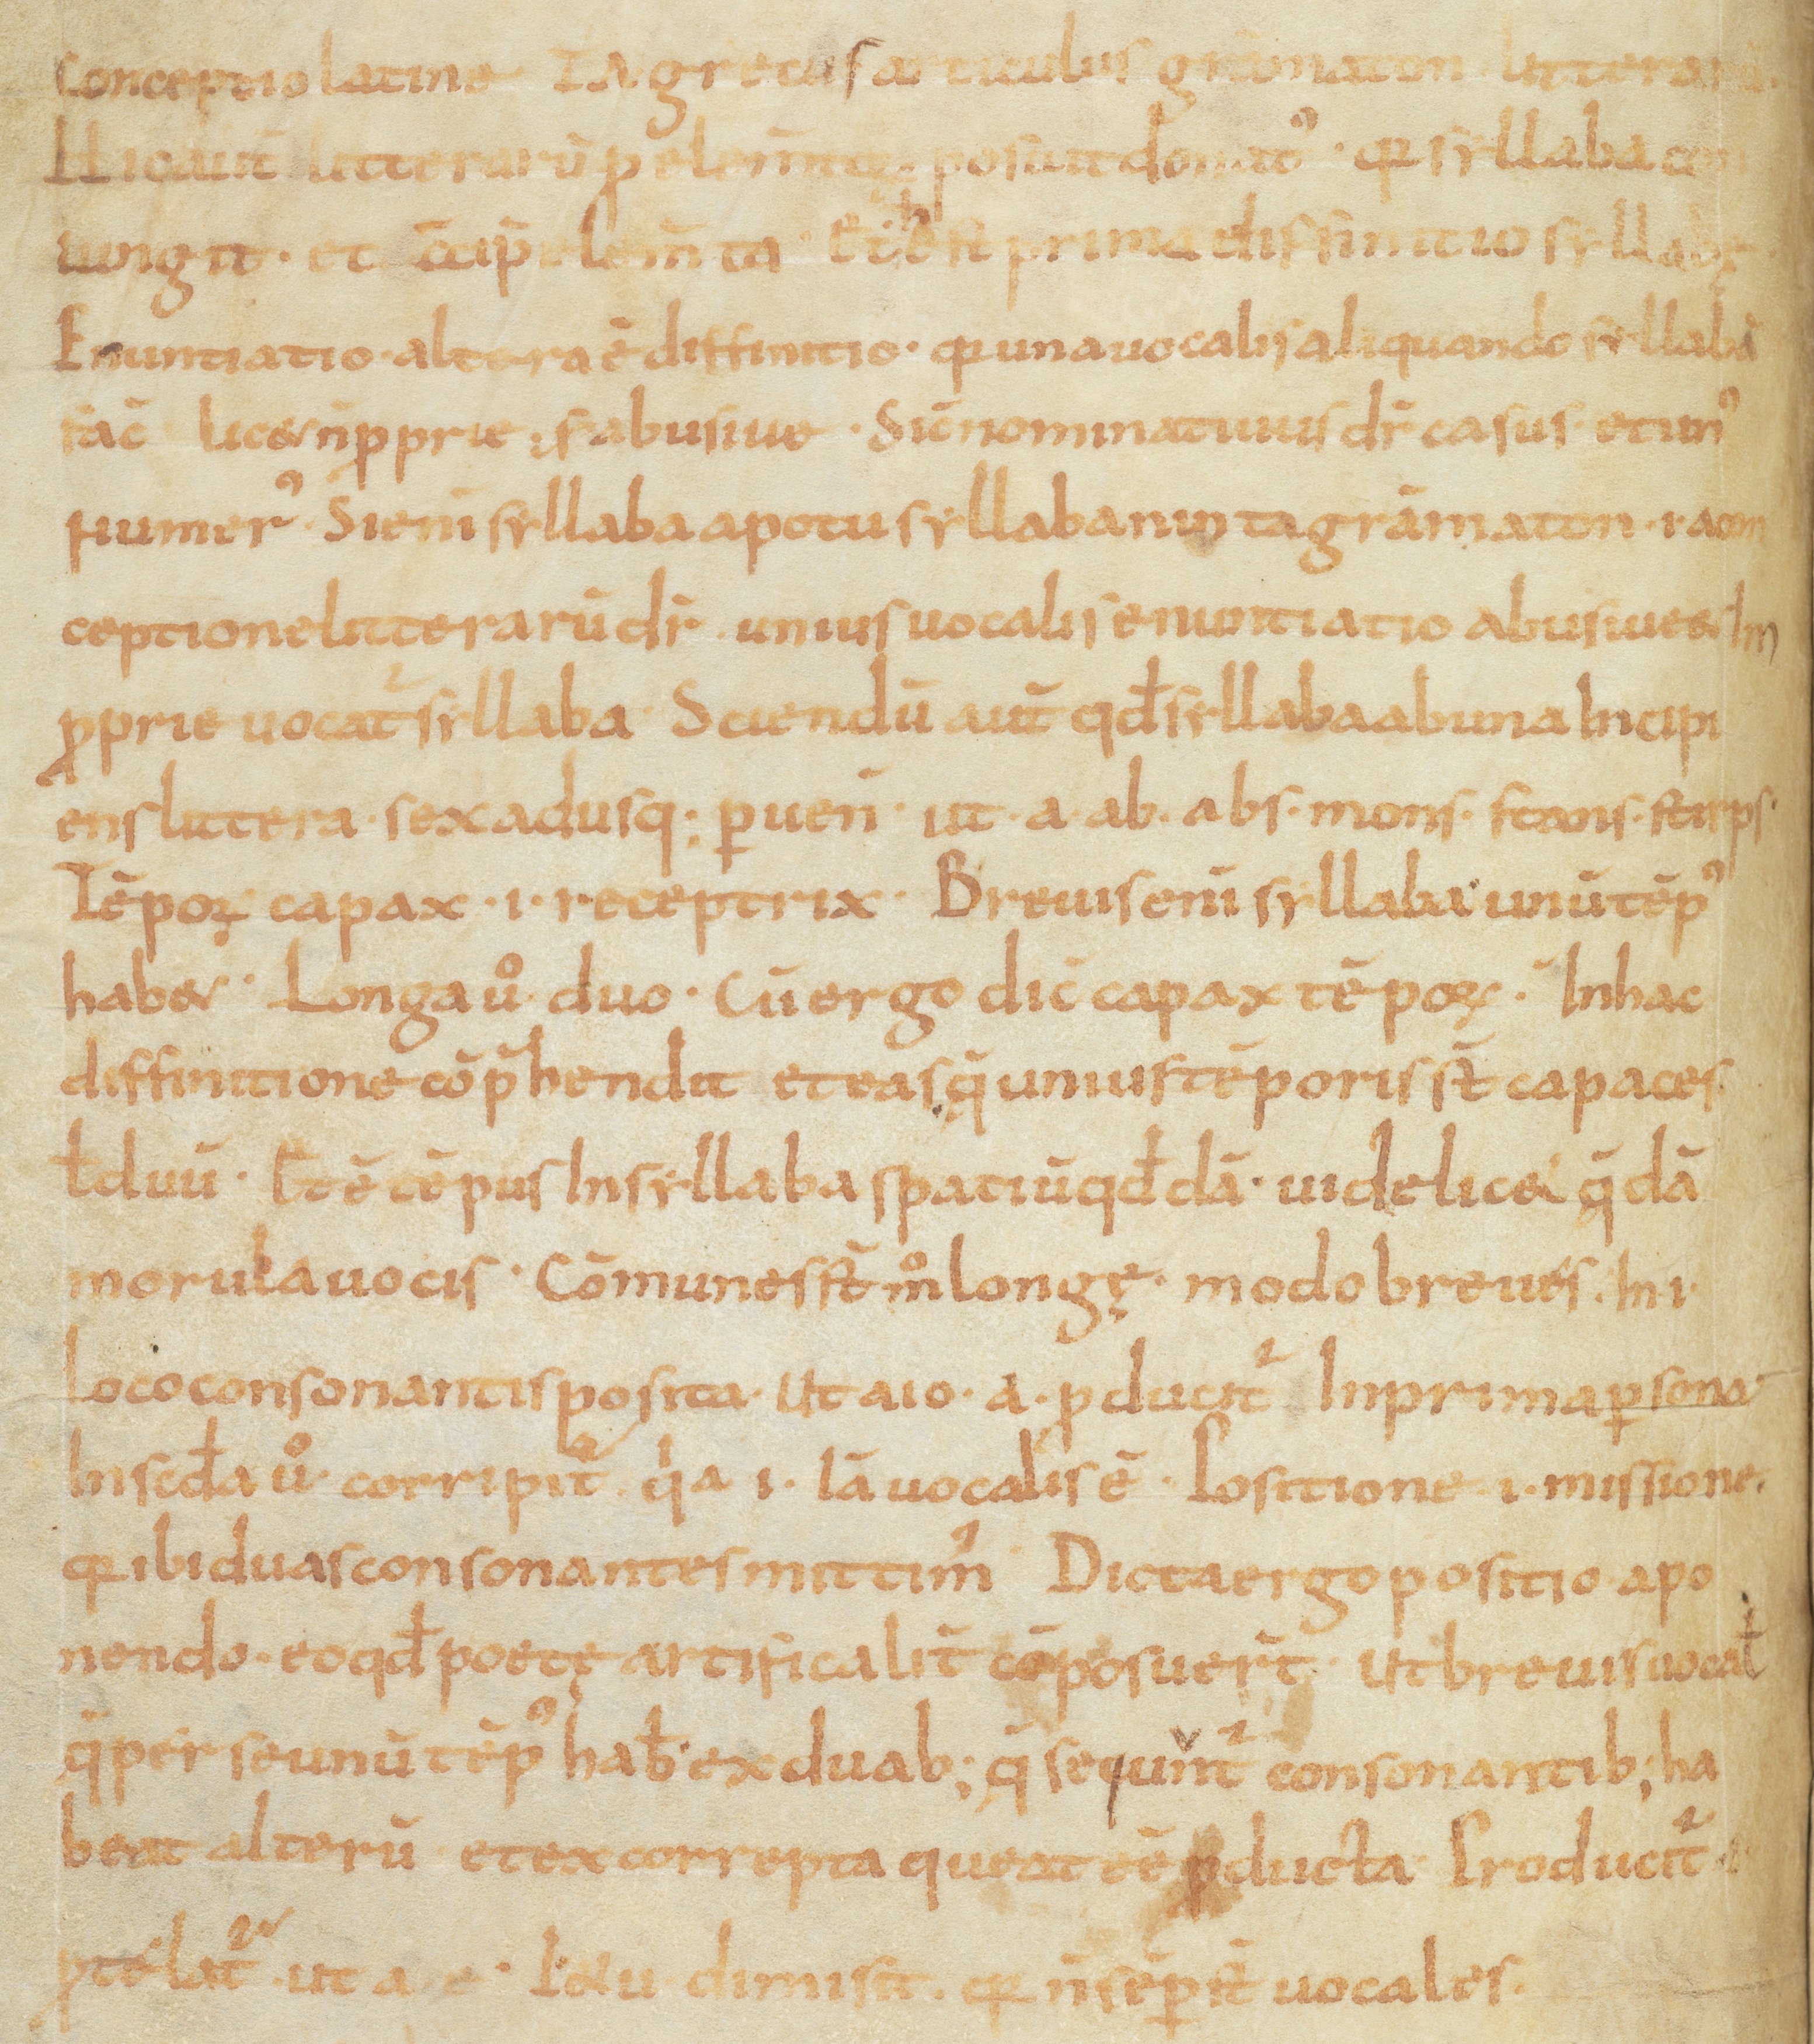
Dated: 866–899